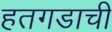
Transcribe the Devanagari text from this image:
हतगडाची